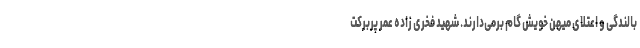
بالندگی و اعتلای میهن خویش گام برمی‌دارند. شهید فخری زاده عمر پربرکت